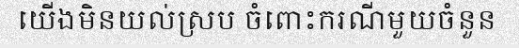
យើងមិនយល់ស្រប ចំពោះករណីមួយចំនួន